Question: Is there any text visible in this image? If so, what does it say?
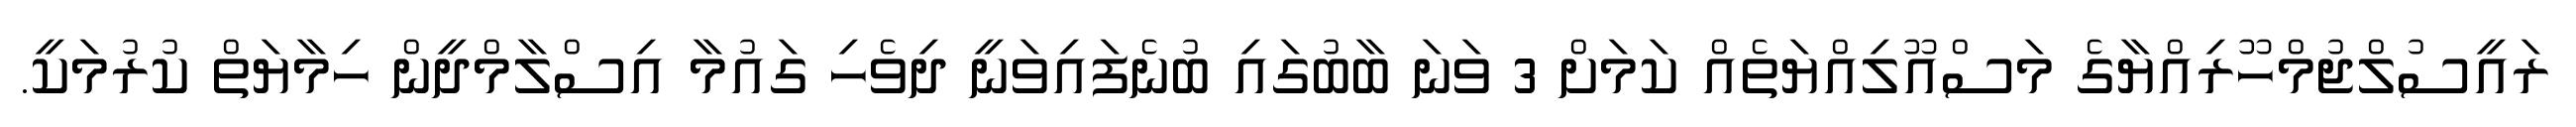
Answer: ރައީސުލްޖުމްހޫރިއްޔާގެ މަސްއޫލިއްޔަތެއް ކަމަށް 3 ވަނަ ބާބުގައި ބުނެފައިވަނީ ދިވެހި ގައުމާ އިސްލާމްދީން ހިމާޔަތް ކުރުމަކީ.